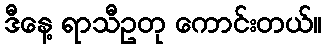
ဒီနေ့ ရာသီဥတု ကောင်းတယ်။